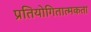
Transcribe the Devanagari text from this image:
प्रतियोगितात्मकता